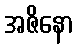
အဇိနော